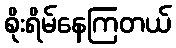
စိုးရိမ်နေကြတယ်